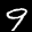
Label: 9